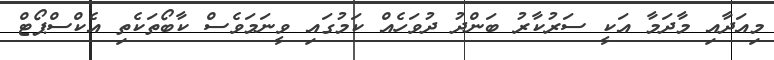
މިއަދާއި މާދަމާ އަކީ ސަރުކާރު ބަންދު ދުވަހެއް ކަމުގައި ވީނަމަވެސް ކާބޯތަކެތި އެކްސްޕޯޓް